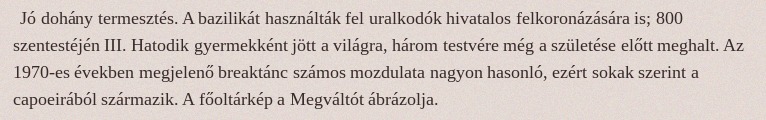
Jó dohány termesztés. A bazilikát használták fel uralkodók hivatalos felkoronázására is; 800 szentestéjén III. Hatodik gyermekként jött a világra, három testvére még a születése előtt meghalt. Az 1970-es években megjelenő breaktánc számos mozdulata nagyon hasonló, ezért sokak szerint a capoeirából származik. A főoltárkép a Megváltót ábrázolja.